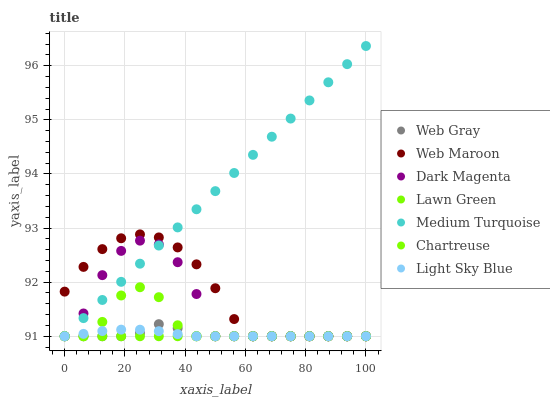
| xaxis_label | Web Gray | Web Maroon | Dark Magenta | Lawn Green | Medium Turquoise | Chartreuse | Light Sky Blue |
 | --- | --- | --- | --- | --- | --- | --- | --- |
 | 0 | 91 | 91.8 | 91 | 91 | 91 | 91 | 91 |
 | 6.25 | 91 | 92.3 | 91.4 | 91 | 91.3 | 91 | 91 |
 | 12.5 | 91 | 92.6 | 92.1 | 91 | 91.7 | 91.3 | 91.1 |
 | 18.8 | 91 | 92.8 | 92.6 | 91 | 92 | 91.8 | 91.1 |
 | 25 | 91.1 | 92.9 | 92.8 | 91 | 92.3 | 91.9 | 91.1 |
 | 31.2 | 91.2 | 92.8 | 92.7 | 91 | 92.7 | 91.7 | 91.1 |
 | 37.5 | 91.1 | 92.6 | 92.4 | 91 | 93 | 91.2 | 91 |
 | 43.8 | 91 | 92.3 | 91.8 | 91 | 93.3 | 91 | 91 |
 | 50 | 91 | 91.9 | 91 | 91 | 93.7 | 91 | 91 |
 | 56.2 | 91 | 91.3 | 91 | 91 | 94 | 91 | 91 |
 | 62.5 | 91 | 91 | 91 | 91 | 94.4 | 91 | 91 |
 | 68.8 | 91 | 91 | 91 | 91 | 94.7 | 91 | 91 |
 | 75 | 91 | 91 | 91 | 91 | 95 | 91 | 91 |
 | 81.2 | 91 | 91 | 91 | 91 | 95.4 | 91 | 91 |
 | 87.5 | 91 | 91 | 91 | 91 | 95.7 | 91 | 91 |
 | 93.8 | 91 | 91 | 91 | 91 | 96 | 91 | 91 |
 | 100 | 91 | 91 | 91 | 91 | 96.4 | 91 | 91 |